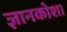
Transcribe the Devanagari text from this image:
ज्ञानकोश।